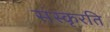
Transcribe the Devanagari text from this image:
संस्कृरति